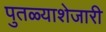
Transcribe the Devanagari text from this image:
पुतळ्याशेजारी